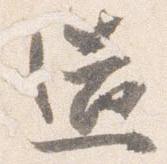
造